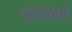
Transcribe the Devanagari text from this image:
ढवळणं